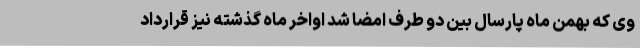
وی که بهمن ماه پارسال بین دو طرف امضا شد اواخر ماه گذشته نیز قرارداد